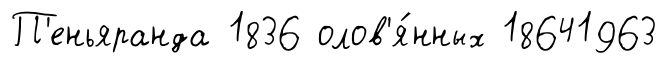
П'еньяранда 1836 олов'я́нных 18641963